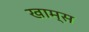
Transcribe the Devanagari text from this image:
खाम्स